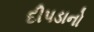
દીપડાનો